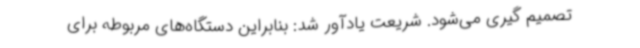
تصمیم گیری می‌شود. شریعت یادآور شد: بنابراین دستگاه‌های مربوطه برای